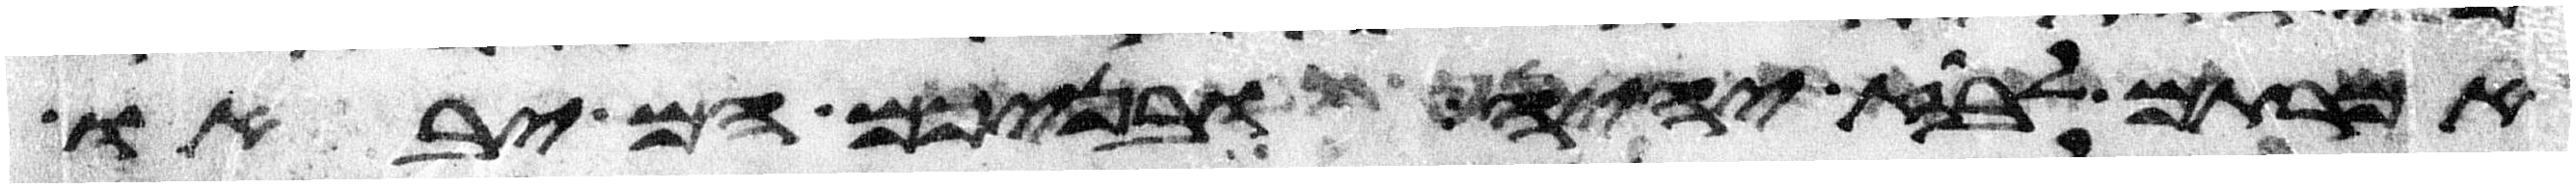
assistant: אמרתם לבוז יהיה ובניכם הם יבאו